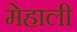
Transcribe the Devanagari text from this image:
मेहाली